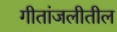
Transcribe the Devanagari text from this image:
गीतांजलीतील